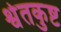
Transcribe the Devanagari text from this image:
श्वेतकुष्ट